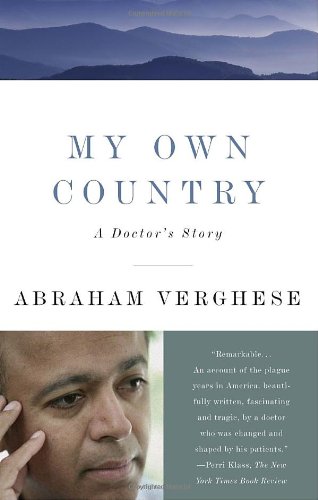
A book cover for My Own Country: A Doctor's Story; Abraham Verghese; Health, Fitness & Dieting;